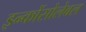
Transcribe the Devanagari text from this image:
इन्कोंसोलेबल